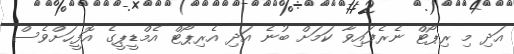
އަދި މި ރިޕޯޓް ނެރެފައިވާ ކަމަށް ބުނެ އަދި އެރިޕޯޓް އެމްޑީޕީގެ އޮފީހަށްވެސް